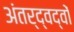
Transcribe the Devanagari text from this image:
अंतर्द्वद्वों